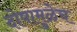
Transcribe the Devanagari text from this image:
दोषामुळेच